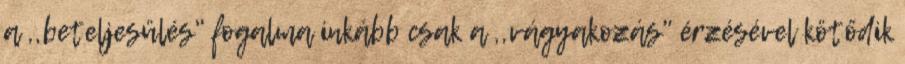
a ,,beteljesülés" fogalma inkább csak a ,,vágyakozás" érzésével kötődik